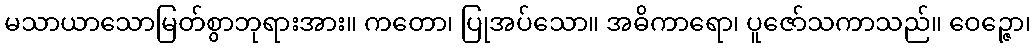
မသာယာသောမြတ်စွာဘုရားအား။ ကတော၊ ပြုအပ်သော။ အဓိကာရော၊ ပူဇော်သကာသည်။ ဝေဉ္ဇော၊